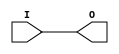
// This program was cloned from: https://github.com/jhshi/openofdm
// License: Apache License 2.0

// $Header: /devl/xcs/repo/env/Databases/CAEInterfaces/verunilibs/data/unisims/IBUFG_LVPECL.v,v 1.6 2007/05/23 21:43:34 patrickp Exp $
///////////////////////////////////////////////////////////////////////////////
// Copyright (c) 1995/2004 Xilinx, Inc.
// All Right Reserved.
///////////////////////////////////////////////////////////////////////////////
//   ____  ____
//  /   /\/   /
// /___/  \  /    Vendor : Xilinx
// \   \   \/     Version : 10.1
//  \   \         Description : Xilinx Functional Simulation Library Component
//  /   /                  Input Clock Buffer with LVPECL I/O Standard
// /___/   /\     Filename : IBUFG_LVPECL.v
// \   \  /  \    Timestamp : Thu Mar 25 16:42:29 PST 2004
//  \___\/\___\
//
// Revision:
//    03/23/04 - Initial version.
//    05/23/07 - Changed timescale to 1 ps / 1 ps.

`timescale  1 ps / 1 ps


module IBUFG_LVPECL (O, I);

    output O;

    input  I;

	buf B1 (O, I);


endmodule